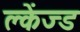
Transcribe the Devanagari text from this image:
क्लेंज्ड